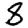
Digit: 8